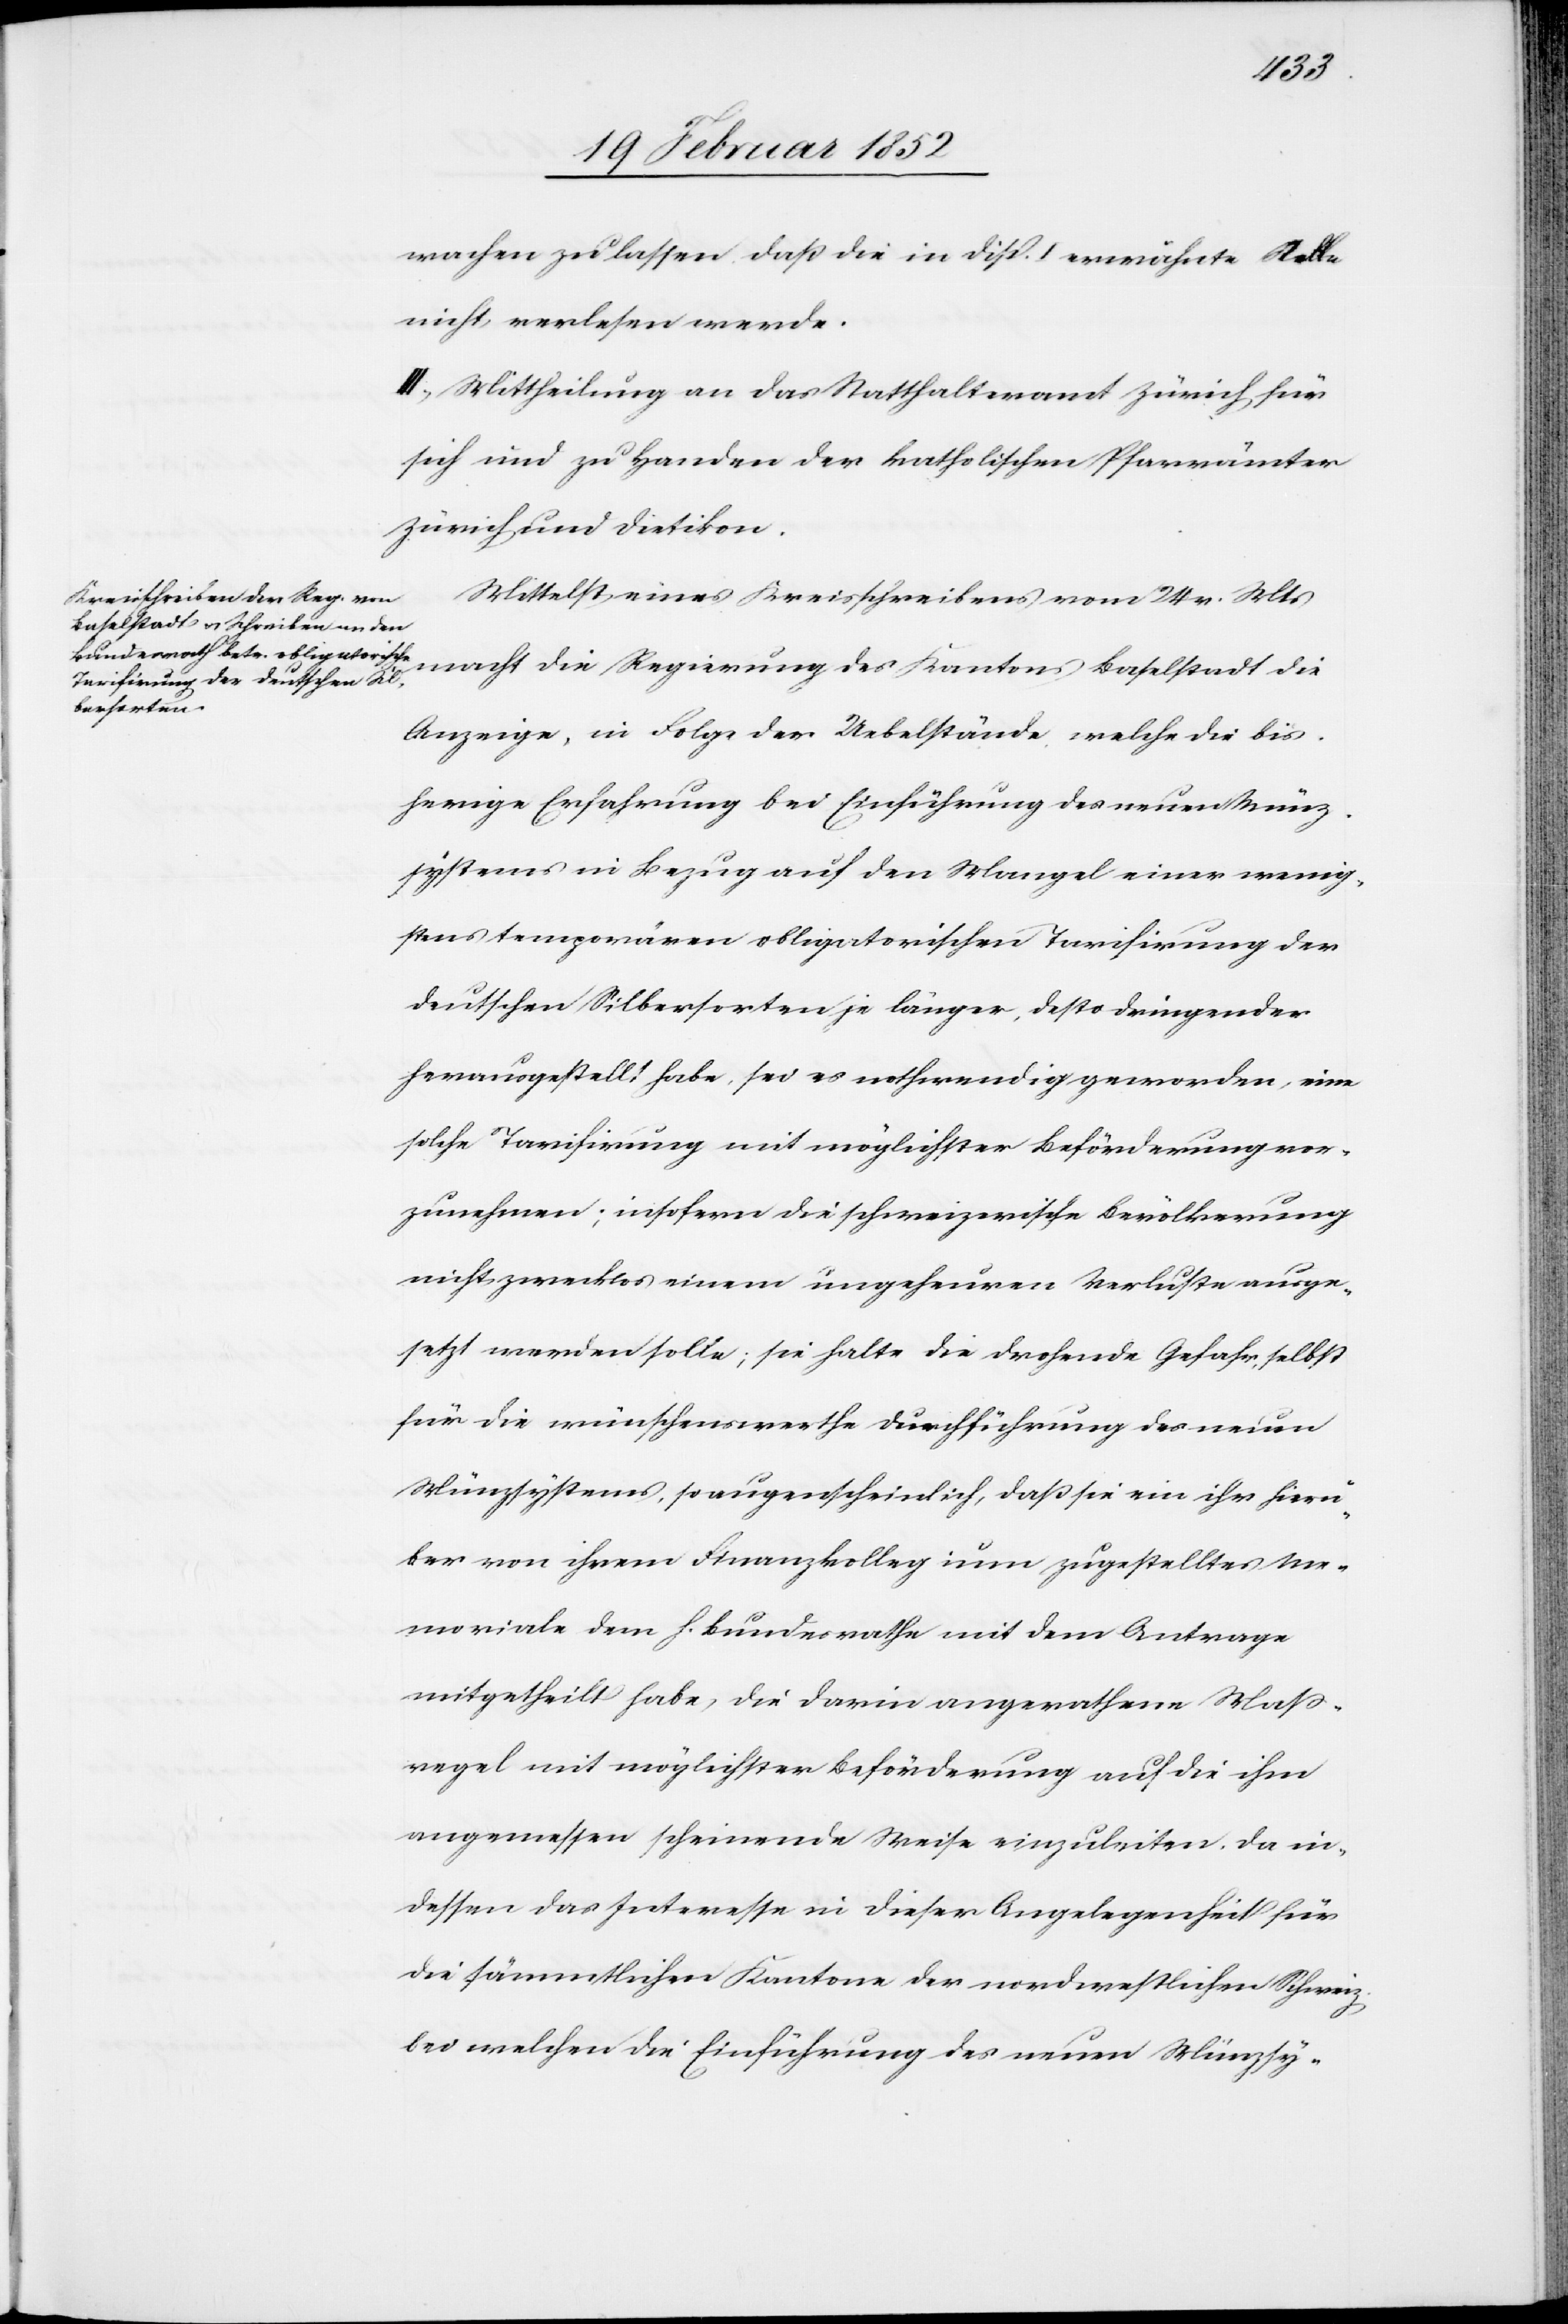
wachen zu lassen daß die in Disp. I erwähnte Stelle
nicht verlesen werde.
III.) Mittheilung an das Statthalteramt Zürich für
sich und zu Handen der katholischen Pfarrämter
Zürich und Dietikon.
Mittelst eines Kreisschreibens vom 24 v. Mts
macht die Regierung des Kantons Baselstadt die
Anzeige, in Folge der Uebelstände welche die bis¬
herige Erfahrung bei Einführung des neuen Münz¬
systems in Bezug auf den Mangel einer wenig¬
stens temporären obligatorischen Tarifierung der
deutschen Silbersorten je länger, desto dringender
herausgestellt habe, sei es nothwendig geworden, eine
solche Tarifierung mit möglichster Beförderung vor¬
zunehmen; insofern die schweizerische Bevölkerung
nicht zwecklos einem ungeheuren Verluste ausge¬
setzt werden solle; sie halte die drohende Gefahr, selbst
für die wünschenswerthe Durchführung des neuen
Münzsystems, so augenscheinlich, daß sie ein ihr hier¬
über von ihrem Finanzkolleg nun zugestelltes Me¬
moriale dem h. Bundesrathe mit dem Antrage
mitgetheilt habe, die darin angerathene Maß¬
regeln mit möglichster Beförderung auf die ihm
angemessen scheinende Weise einzuleiten, da in¬
dessen das Interesse in dieser Angelegenheit für
die sämmtlichen Kantone der nordwestlichen Schweiz
bei welchen die Einführung des neuen Münzsy-